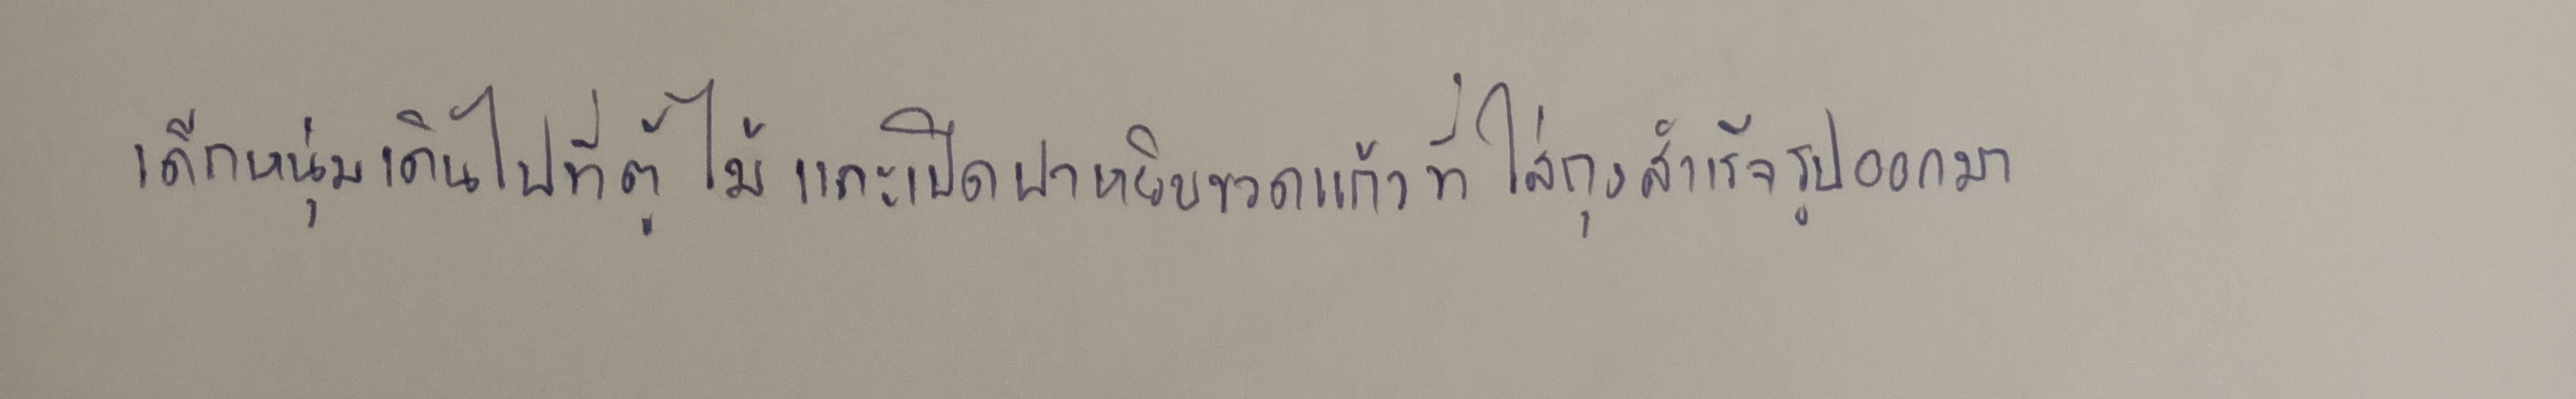
เด็กหนุ่มเดินไปที่ตู้ไม้และเปิดฝาหยิบขวดแก้วที่ใส่ถุงสำเร็จรูปออกมา